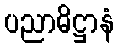
ပညာဓိဋ္ဌာနံ